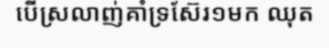
បើស្រលាញ់គាំទ្រស៊ែរ១មក ឈុត